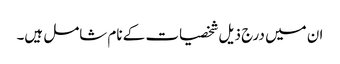
ان میں درج ذیل شخصیات کے نام شامل ہیں۔